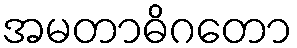
အမတာဓိဂတော